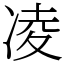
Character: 凌